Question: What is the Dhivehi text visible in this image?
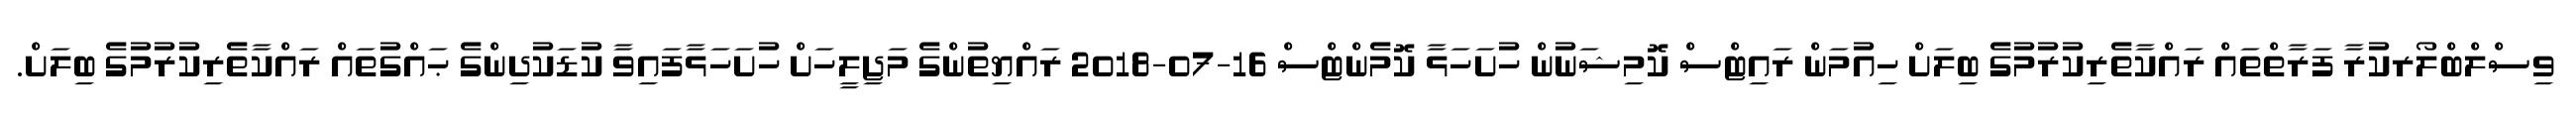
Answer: ވިސްލްބްލޯރކުރާ ފަރާތްތައް ރައްކާތެރިކުރުމުގެ ބިލަށް ހިއުމަން ރައިޓްސް ކޮމިޝަނުން ހުށަހަޅާ ކޮމެންޓްސް 16-07-2018 ރައްޔިތުންގެ މަޖިލީހަށް ހުށަހަޅާފައިވާ ކުޑަކުދިންގެ ޙައްގުތައް ރައްކާތެރިކުރުމުގެ ބިލަށް.